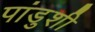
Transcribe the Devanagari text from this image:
पांडुशी